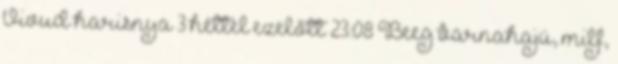
Vivud harisnya 3 héttel ezelőtt 23:08 Beeg barnahajú, milf,